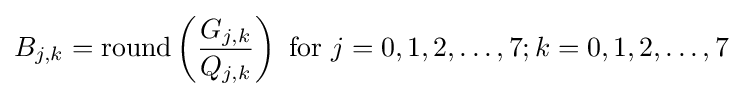
B_{j,k}=\mathrm {round} \left({\frac {G_{j,k}}{Q_{j,k}}}\right){\mbox{ for }}j=0,1,2,\ldots ,7;k=0,1,2,\ldots ,7